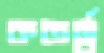
কতর্ত্ব